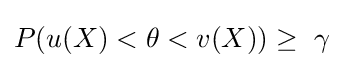
P(u(X)<\theta <v(X))\geq \ \gamma